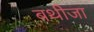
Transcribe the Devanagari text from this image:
बथीजा